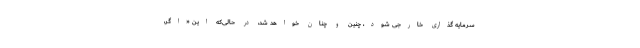
سرمایه گذاری خارجی شود، چنین و چنان خواهد شد، در حالی‌که این «اگر،